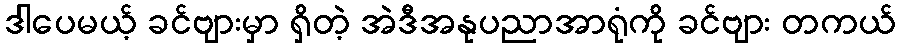
ဒါပေမယ့် ခင်ဗျားမှာ ရှိတဲ့ အဲဒီအနုပညာအာရုံကို ခင်ဗျား တကယ်